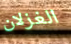
الغزلان